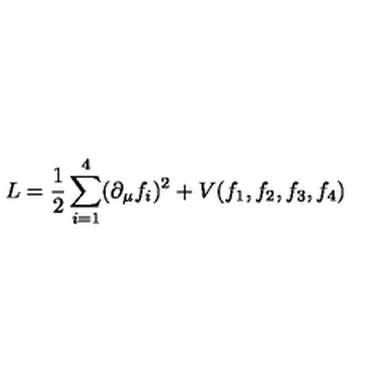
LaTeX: L = { \frac { 1 } { 2 } } \sum _ { i = 1 } ^ { 4 } ( \partial _ { \mu } f _ { i } ) ^ { 2 } + V ( f _ { 1 } , f _ { 2 } , f _ { 3 } , f _ { 4 } )